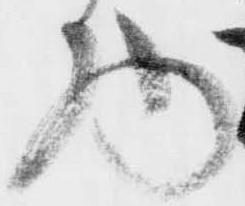
物